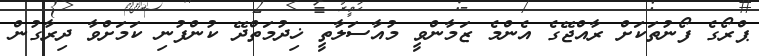
ޕްރޯގެ ފޯނުތަކަށް ރާއްޖޭގެ އެންމެ ޒަމާންވީ މުއާސަލާތީ ޚިދުމަތްދޭ ކުންފުނި ކަމަށްވާ ދިރާގުން